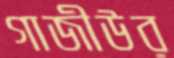
গাজীউর